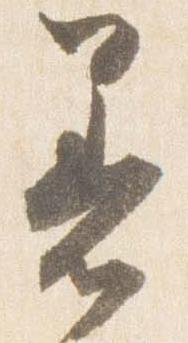
着